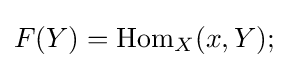
F(Y)=\operatorname {Hom} _{X}(x,Y);